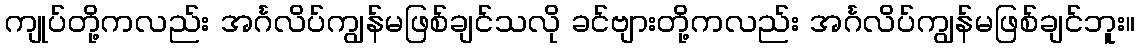
ကျုပ်တို့ကလည်း အင်္ဂလိပ်ကျွန်မဖြစ်ချင်သလို ခင်ဗျားတို့ကလည်း အင်္ဂလိပ်ကျွန်မဖြစ်ချင်ဘူး။